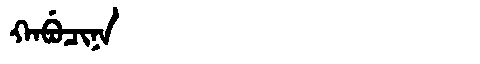
Manchu: ᡴᠠᠪᡠᠴᡳᠨᠠ
Romanization: KABUCINA